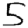
Digit: 5